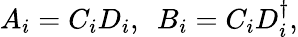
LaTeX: A_{i}=C_{i}D_{i},\ \ B_{i}=C_{i}D_{i}^{\dagger},